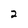
Character: 2